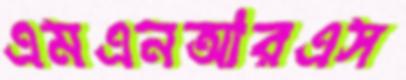
এমএনআরএস